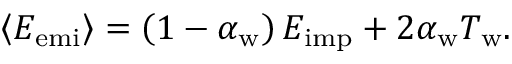
\left< E _ { \mathrm { e m i } } \right> = \left( 1 - \alpha _ { \mathrm { w } } \right) E _ { \mathrm { i m p } } + 2 \alpha _ { \mathrm { w } } T _ { \mathrm { w } } .